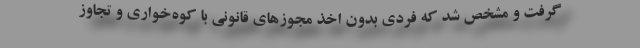
گرفت و مشخص شد که فردی بدون اخذ مجوز‌های قانونی با کوه‌خواری و تجاوز